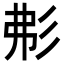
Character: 𢒍